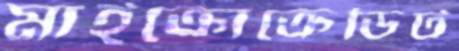
মাইক্রোক্রেডিট